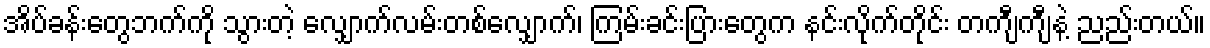
အိပ်ခန်းတွေဘက်ကို သွားတဲ့ လျှောက်လမ်းတစ်လျှောက်၊ ကြမ်းခင်းပြားတွေက နင်းလိုက်တိုင်း တကျီကျီနဲ့ ညည်းတယ်။